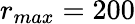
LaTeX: r_{max}=200